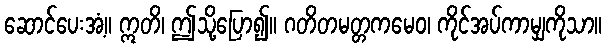
ဆောင်ပေးအံ့။ ဣတိ၊ ဤသို့ပြော၍။ ဂတိတမတ္တကမေဝ၊ ကိုင်အပ်ကာမျှကိုသာ။